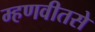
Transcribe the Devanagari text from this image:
म्हणवीतसे